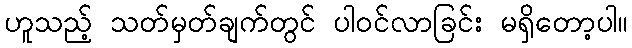
ဟူသည့် သတ်မှတ်ချက်တွင် ပါဝင်လာခြင်း မရှိတော့ပါ။